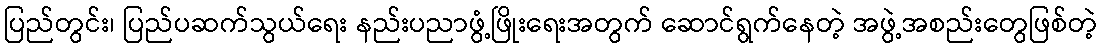
ပြည်တွင်း၊ ပြည်ပဆက်သွယ်ရေး နည်းပညာဖွံ့ဖြိုးရေးအတွက် ဆောင်ရွက်နေတဲ့ အဖွဲ့အစည်းတွေဖြစ်တဲ့